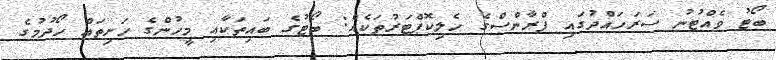
ބޯޓު ވެއްޓުނު ސަރަހައްދުގައި ފްރާންސްގެ ހެލިކޮޕްޓަރުތަކެއް: ބޯޓުގެ ބައިތަކާއި މީހުންގެ ހަށިތައް ހޯދުމުގެ